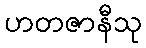
ဟတဇာနီသု